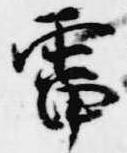
霤